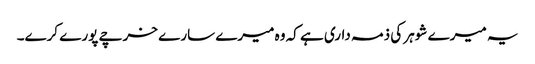
یہ میرے شوہر کی ذمہ داری ہے کہ وہ میرے سارے خرچے پورے کرے۔